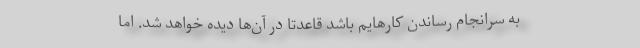
به سرانجام رساندن کارهایم باشد قاعدتاً در آن‌ها دیده خواهد شد. اما